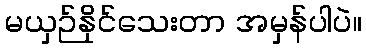
မယှဉ်နိုင်သေးတာ အမှန်ပါပဲ။